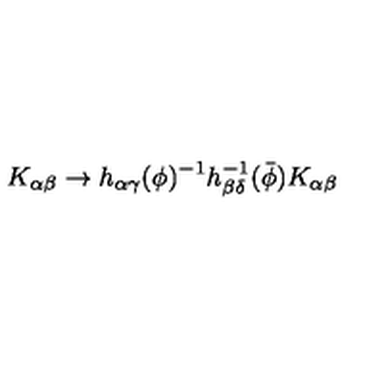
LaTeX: K _ { \alpha \beta } \rightarrow h _ { \alpha \gamma } ( \phi ) ^ { - 1 } h _ { \beta \delta } ^ { - 1 } ( { \bar { \phi } } ) K _ { \alpha \beta }